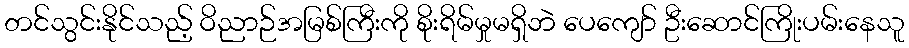
တင်သွင်းနိုင်သည့် ဝိညာဉ်အမြစ်ကြီးကို စိုးရိမ်မှုမရှိဘဲ ပေကျော် ဦးဆောင်ကြိုးပမ်းနေသူ